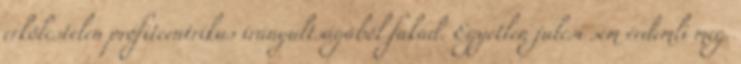
erkölcstelen profitcentrikus irányultságából fakad. Egyetlen julcsi sem érdemli meg.